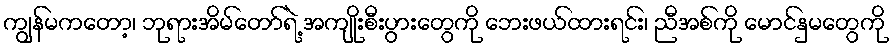
ကျွန်မကတော့၊ ဘုရားအိမ်တော်ရဲ့ အကျိုးစီးပွားတွေကို ဘေးဖယ်ထားရင်း၊ ညီအစ်ကို မောင်နှမတွေကို